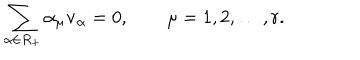
\sum _ { \alpha \in R _ { + } } \alpha _ { \mu } { \bf v } _ { \alpha } = 0 , \qquad \mu = 1 , 2 , \ldots , r .